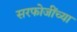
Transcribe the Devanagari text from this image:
सरफोजींच्या